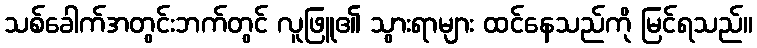
သစ်ခေါက်အတွင်းဘက်တွင် လူဖြူ၏ သွားရာများ ထင်နေသည်ကို မြင်ရသည်။